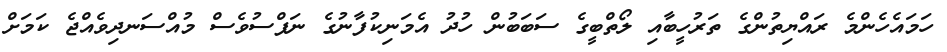
ހަމައެހެންމެ ރައްޔިތުންގެ ތަރުހީބާއި ލޯތްބީގެ ސަބަބުން ހުދު އެމަނިކުފާނުގެ ނަފްސުވެސް މުއްސަނދިވެއްޖެ ކަމަށް